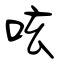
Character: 呟